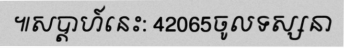
៕សប្តាហ៍នេះ: 42065ចូលទស្សនា